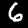
Label: 6